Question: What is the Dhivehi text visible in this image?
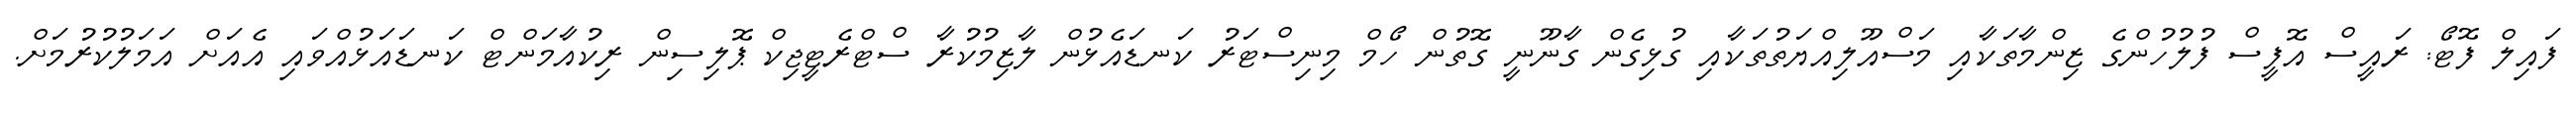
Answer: ފައިލް ފޮޓޯ: ރައީސް އޮފީސް ފުލުހުންގެ ޒިންމާތަކާއި މަސްއޫލިއްޔަތުތަކާއި ގުޅިގެން ގާނޫނީ ގޮތުން ހޯމް މިނިސްޓަރު ކަނޑައެޅުން ލާޒިމުކުރާ ސްޓްރެޓީޖިކް ޕޮލިސިން ރިކުއާމަންޓް ކަނޑައަޅުއްވައި އެއަށް އަމަލުކުރުމަށް.